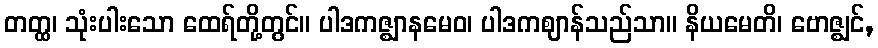
တတ္ထ၊ သုံးပါးသော ထေရ်တို့တွင်။ ပါဒကဇ္ဈာနမေဝ၊ ပါဒကဈာန်သည်သာ။ နိယမေတိ၊ ဗောဇ္ဈင်,